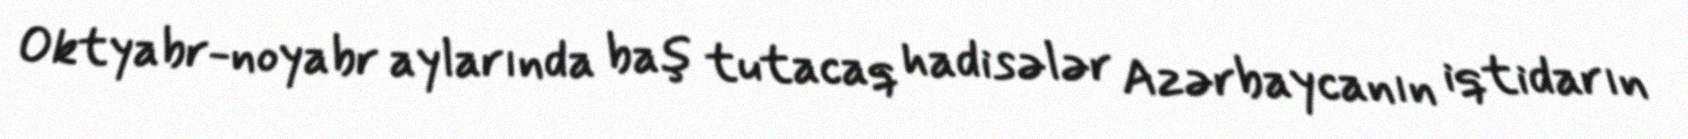
Oktyabr-noyabr aylarında baş tutacaq hadisələr Azərbaycanın iqtidarın